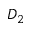
D _ { 2 }